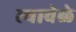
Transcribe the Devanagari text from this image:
त्यावेळे